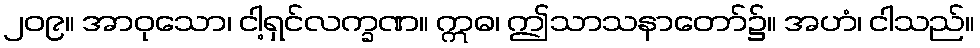
၂၀၉။ အာဝုသော၊ ငါ့ရှင်လက္ခဏ။ ဣဓ၊ ဤသာသနာတော်၌။ အဟံ၊ ငါသည်။